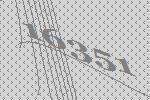
16351